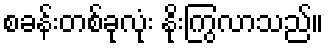
စခန်းတစ်ခုလုံး နိုးကြွလာသည်။